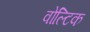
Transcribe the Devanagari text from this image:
वोल्टिक